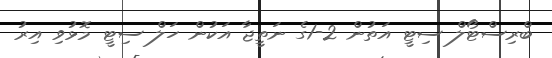
ބްރިސްޓޯލް ސިޓީ އަތުން 2-1ގެ ނަތީޖާ އަކުން ހަލް ސިޓީ މޮޅުވި އިރު